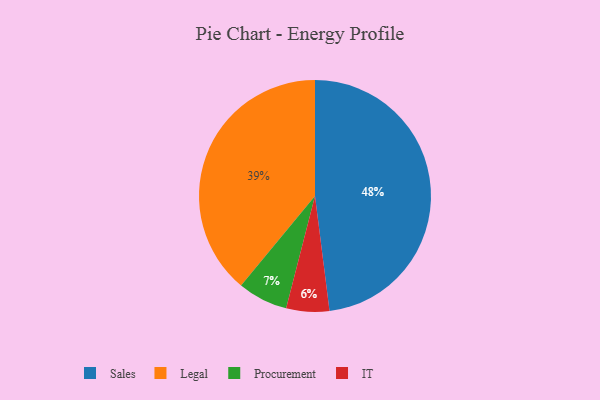
{"axis": {"x": "Category", "y": "Percentage"}, "legend": ["IT", "Legal", "Procurement", "Sales"], "data": [{"x": "IT", "y": 6, "type": "IT"}, {"x": "Sales", "y": 48, "type": "Sales"}, {"x": "Legal", "y": 39, "type": "Legal"}, {"x": "Procurement", "y": 7, "type": "Procurement"}]}